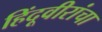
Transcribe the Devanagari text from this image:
हिंदूवीरांचा